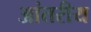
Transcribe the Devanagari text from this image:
आंतरीय